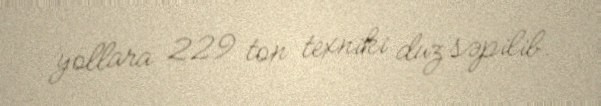
yollara 229 ton texniki duz səpilib.